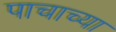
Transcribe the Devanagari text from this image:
पाचाच्या